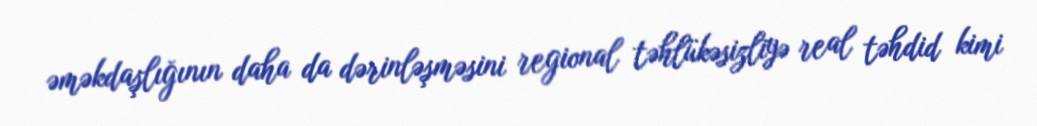
əməkdaşlığının daha da dərinləşməsini regional təhlükəsizliyə real təhdid kimi